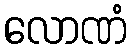
လောဏံ